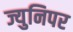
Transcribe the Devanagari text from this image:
ज्युनिपर